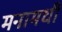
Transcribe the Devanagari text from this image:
मनामधी